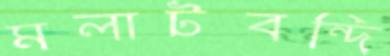
মলাটবন্দি